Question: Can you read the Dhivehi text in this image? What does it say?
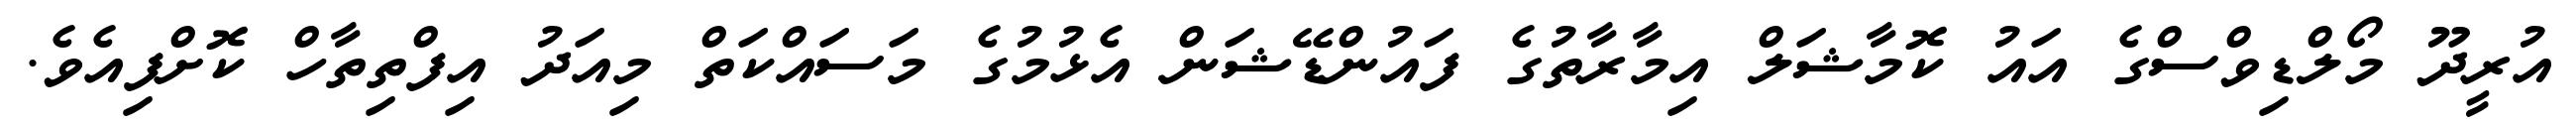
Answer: އުރީދޫ މޯލްޑިވްސްގެ އައު ކޮމާޝަލް އިމާރާތުގެ ފައުންޑޭޝަން އެޅުމުގެ މަސައްކަތް މިއަދު އިފްތިތާހް ކޮށްފިއެވެ.